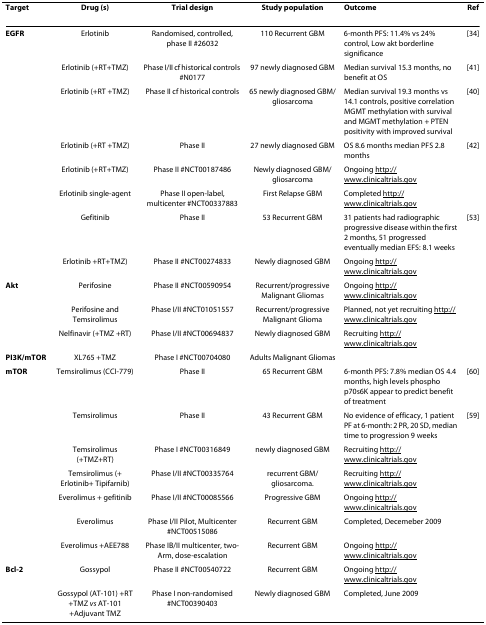
<table><thead><tr><td><b>Target</b></td><td><b>Drug (s)</b></td><td><b>Trial design</b></td><td><b>Study population</b></td><td><b>Outcome</b></td><td><b>Ref</b></td></tr></thead><tbody><tr><td><b>EGFR</b></td><td>Erlotinib</td><td>Randomised, controlled, phase II #26032</td><td>110 Recurrent GBM</td><td>6-month PFS: 11.4% vs 24% control, Low akt borderline significance</td><td>[34]</td></tr><tr><td></td><td>Erlotinib (+RT+TMZ)</td><td>Phase I/II cf historical controls #N0177</td><td>97 newly diagnosed GBM</td><td>Median survival 15.3 months, no benefit at OS</td><td>[41]</td></tr><tr><td></td><td>Erlotinib (+RT +TMZ)</td><td>Phase II cf historical controls</td><td>65 newly diagnosed GBM/gliosarcoma</td><td>Median survival 19.3 months vs 14.1 controls, positive correlation MGMT methylation with survival and MGMT methylation + PTEN positivity with improved survival</td><td>[40]</td></tr><tr><td></td><td>Erlotinib (+RT +TMZ)</td><td>Phase II</td><td>27 newly diagnosed GBM</td><td>OS 8.6 months median PFS 2.8 months</td><td>[42]</td></tr><tr><td></td><td>Erlotinib (+RT+TMZ)</td><td>Phase II #NCT00187486</td><td>Newly diagnosed GBM/gliosarcoma</td><td>Ongoing http://www.clinicaltrials.gov</td><td></td></tr><tr><td></td><td>Erlotinib single-agent</td><td>Phase II open-label, multicenter #NCT00337883</td><td>First Relapse GBM</td><td>Completed http://www.clinicaltrials.gov</td><td></td></tr><tr><td></td><td>Gefitinib</td><td>Phase II</td><td>53 Recurrent GBM</td><td>31 patients had radiographic progressive disease within the first 2 months, 51 progressed eventually median EFS: 8.1 weeks</td><td>[53]</td></tr><tr><td></td><td>Erlotinib +RT+TMZ)</td><td>Phase II #NCT00274833</td><td>Newly diagnosed GBM</td><td>Ongoing http://www.clinicaltrials.gov</td><td></td></tr><tr><td><b>Akt</b></td><td>Perifosine</td><td>Phase II #NCT00590954</td><td>Recurrent/progressive Malignant Gliomas</td><td>Ongoing http://www.clinicaltrials.gov</td><td></td></tr><tr><td></td><td>Perifosine and Temsirolimus</td><td>Phase I/II #NCT01051557</td><td>Recurrent/progressive Malignant Glioma</td><td>Planned, not yet recruiting http://www.clinicaltrials.gov</td><td></td></tr><tr><td></td><td>Nelfinavir (+TMZ +RT)</td><td>Phase I/II #NCT00694837</td><td>Newly diagnosed GBM</td><td>Recruiting http://www.clinicaltrials.gov</td><td></td></tr><tr><td><b>PI3K/mTOR</b></td><td>XL765 +TMZ</td><td>Phase I #NCT00704080</td><td>Adults Malignant Gliomas</td><td></td><td></td></tr><tr><td><b>mTOR</b></td><td>Temsirolimus (CCI-779)</td><td>Phase II</td><td>65 Recurrent GBM</td><td>6-month PFS: 7.8% median OS 4.4 months, high levels phospho p70s6K appear to predict benefit of treatment</td><td>[60]</td></tr><tr><td></td><td>Temsirolimus</td><td>Phase II</td><td>43 Recurrent GBM</td><td>No evidence of efficacy, 1 patient PF at 6-month: 2 PR, 20 SD, median time to progression 9 weeks</td><td>[59]</td></tr><tr><td></td><td>Temsirolimus (+TMZ+RT)</td><td>Phase I #NCT00316849</td><td>newly diagnosed GBM</td><td>Recruiting http://www.clinicaltrials.gov</td><td></td></tr><tr><td></td><td>Temsirolimus (+ Erlotinib+ Tipifarnib)</td><td>Phase I/II #NCT00335764</td><td>recurrent GBM/gliosarcoma.</td><td>Recruiting http://www.clinicaltrials.gov</td><td></td></tr><tr><td></td><td>Everolimus + gefitinib</td><td>Phase I/II #NCT00085566</td><td>Progressive GBM</td><td>Ongoing http://www.clinicaltrials.gov</td><td></td></tr><tr><td></td><td>Everolimus</td><td>Phase I/II Pilot, Multicenter #NCT00515086</td><td>Recurrent GBM</td><td>Completed, Decemeber 2009</td><td></td></tr><tr><td></td><td>Everolimus +AEE788</td><td>Phase IB/II multicenter, two-Arm, dose-escalation</td><td>Recurrent GBM</td><td>Ongoing http://www.clinicaltrials.gov</td><td></td></tr><tr><td><b>Bcl-2</b></td><td>Gossypol</td><td>Phase II #NCT00540722</td><td>Recurrent GBM</td><td>Ongoing http://www.clinicaltrials.gov</td><td></td></tr><tr><td></td><td>Gossypol (AT-101) +RT +TMZ <i>vs </i>AT-101 +Adjuvant TMZ</td><td>Phase I non-randomised #NCT00390403</td><td>Newly diagnosed GBM</td><td>Completed, June 2009</td><td></td></tr></tbody></table>